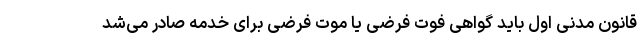
قانون مدنی اول باید گواهی فوت فرضی یا موت فرضی برای خدمه صادر می‌شد